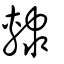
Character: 隸